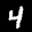
Label: 4